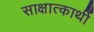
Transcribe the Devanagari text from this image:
साक्षात्कार्थी